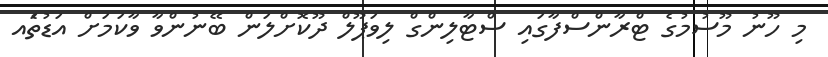
މި ހޫނު މޫސުމުގެ ޓްރާންސްފާގައި ސްޓާލިންގް ލިވަޕޫލް ދޫކޮށްލަން ބޭނުންވާ ވާކަމަށް އަޑުތަެއ